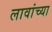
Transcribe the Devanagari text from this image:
लावांच्या